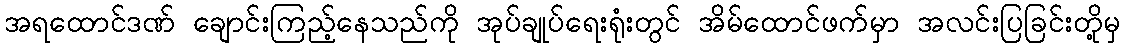
အရထောင်ဒဏ် ချောင်းကြည့်နေသည်ကို အုပ်ချုပ်ရေးရုံးတွင် အိမ်ထောင်ဖက်မှာ အလင်းပြခြင်းတို့မှ